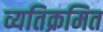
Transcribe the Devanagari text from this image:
व्यतिक्रमित